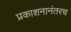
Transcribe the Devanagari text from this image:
प्रकाशनानंतरच